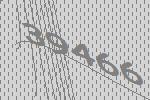
39466